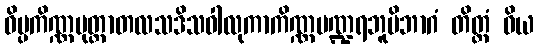
ဝိပ္ပကိဏ္ဏမုတ္တာတလသဒိသဝါလုကာကိဏ္ဏပဏ္ဍရဘူမိဘာဂံ တိတ္ထံ ဝိယ